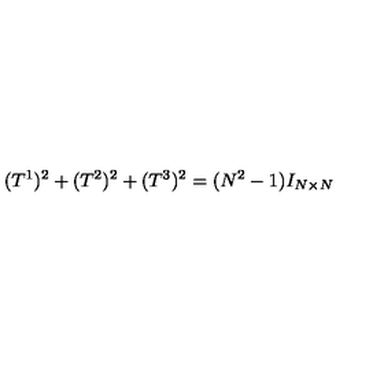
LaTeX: ( T ^ { 1 } ) ^ { 2 } + ( T ^ { 2 } ) ^ { 2 } + ( T ^ { 3 } ) ^ { 2 } = ( N ^ { 2 } - 1 ) I _ { N \times N }